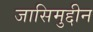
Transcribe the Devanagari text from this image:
जासिमुद्दीन